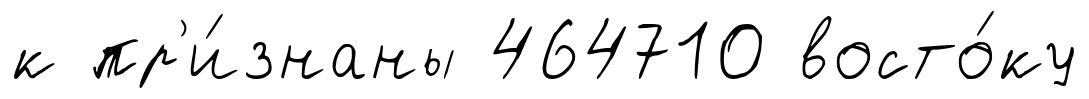
к пр'и́знаны 464710 восто́ку